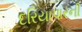
દરિયાપારની